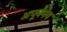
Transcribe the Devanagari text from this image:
अपूर्वमेय